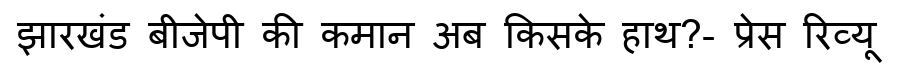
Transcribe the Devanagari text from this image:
झारखंड बीजेपी की कमान अब किसके हाथ?- प्रेस रिव्यू